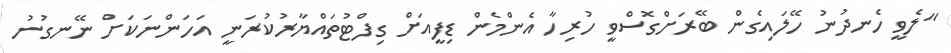
"ލެވީ ހެނދުނު ހޭލައިގެން ބޭރަށްގޮސްވީ ހުރިހާ އެންމެން ޑިފީއަށް ގިފްޓުތައްޔާރުކުރަނީ އަހަންނަކަށް ނޭނގުނު